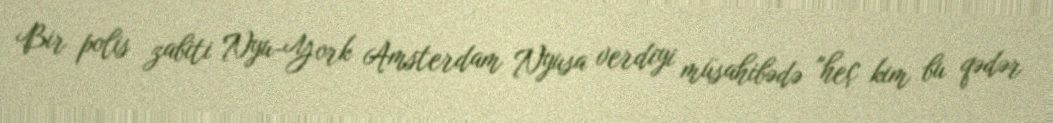
Bir polis zabiti Nyu-York Amsterdam Nyusa verdiyi müsahibədə "heç kim bu qədər